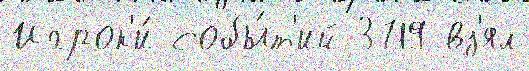
Игрок'и́ собы́т'ий 3719 вз'ял